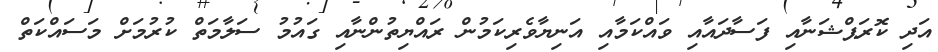
އަދި ކޮރަޕްޝަނާއި ފަސާދައާއި ވައްކަމާއި އަނިޔާވެރިކަމުން ރައްޔިތުންނާއި ގައުމު ސަލާމަތް ކުރުމަށް މަސައްކަތް